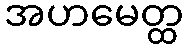
အဟမေတ္ထ